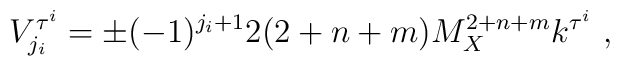
V^{\tau^i}_{j_i}= \pm (-1)^{j_i+1} 2 (2+n+m) M_X^{2+n+m} k^{\tau^i} ~,~\,